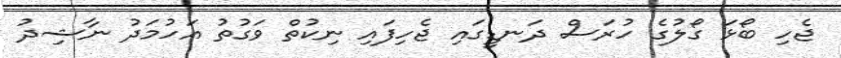
ޖެހިި ބޯޅަ ގޯލުގެ ހުރަސް ދަނޑީގައި ޖެހިފައި ނިކުތް ވަގުތު އަހުމަދު ނާޝިދު